Calcutta medical institutions reports 1892-1900
Year: 1892
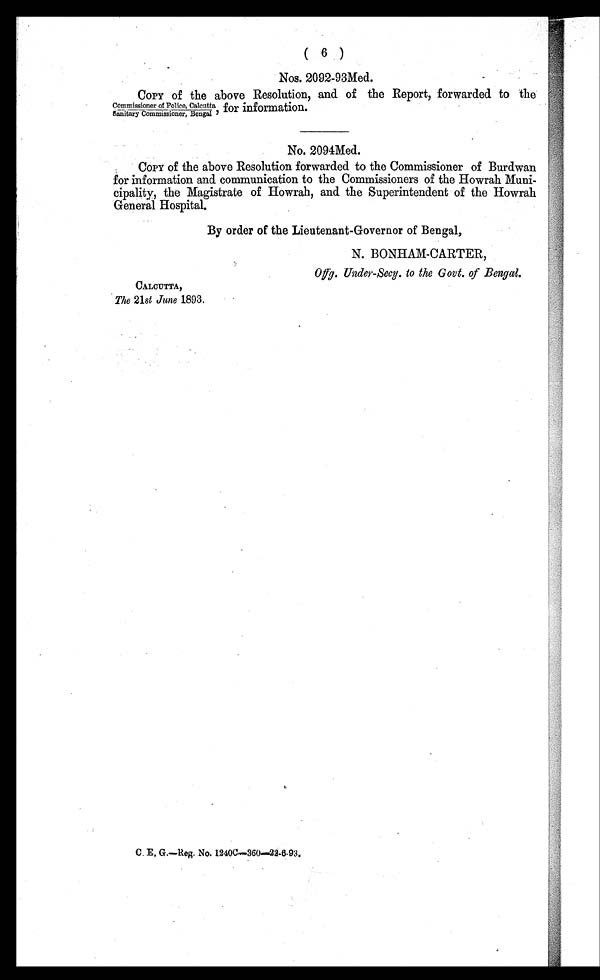
(
6 )
Nos. 2092-93Med.
COPY of the above Resolution, and of the Report, forwarded to the
Commissioner of Police, Calcutta, for information.
Sanitary Commissioner, Bengal
No. 2094Med.
COPY of the above Resolution forwarded to the Commissioner of Burdwan
for information and communication to the Commissioners of the Howrah Mun
i - c i p a l i t y , t h e M a g i s t r a t e o f H o w r a h , a n d t h e S u p e r i n t e n d e n t o f t h e H o w r a h
General Hospital.
By order of the Lieutenant-Governor of Bengal,
N. BONHAM-CARTER,
Offg. Under-Secy. to the Govt. of Bengal.
CALCUTTA,
The 21st June 1893.
C. E. G.—Reg. No. 1240C—360—22-6-93.